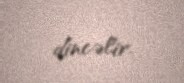
dincəlir.